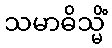
သမာဓိသ္မိံ